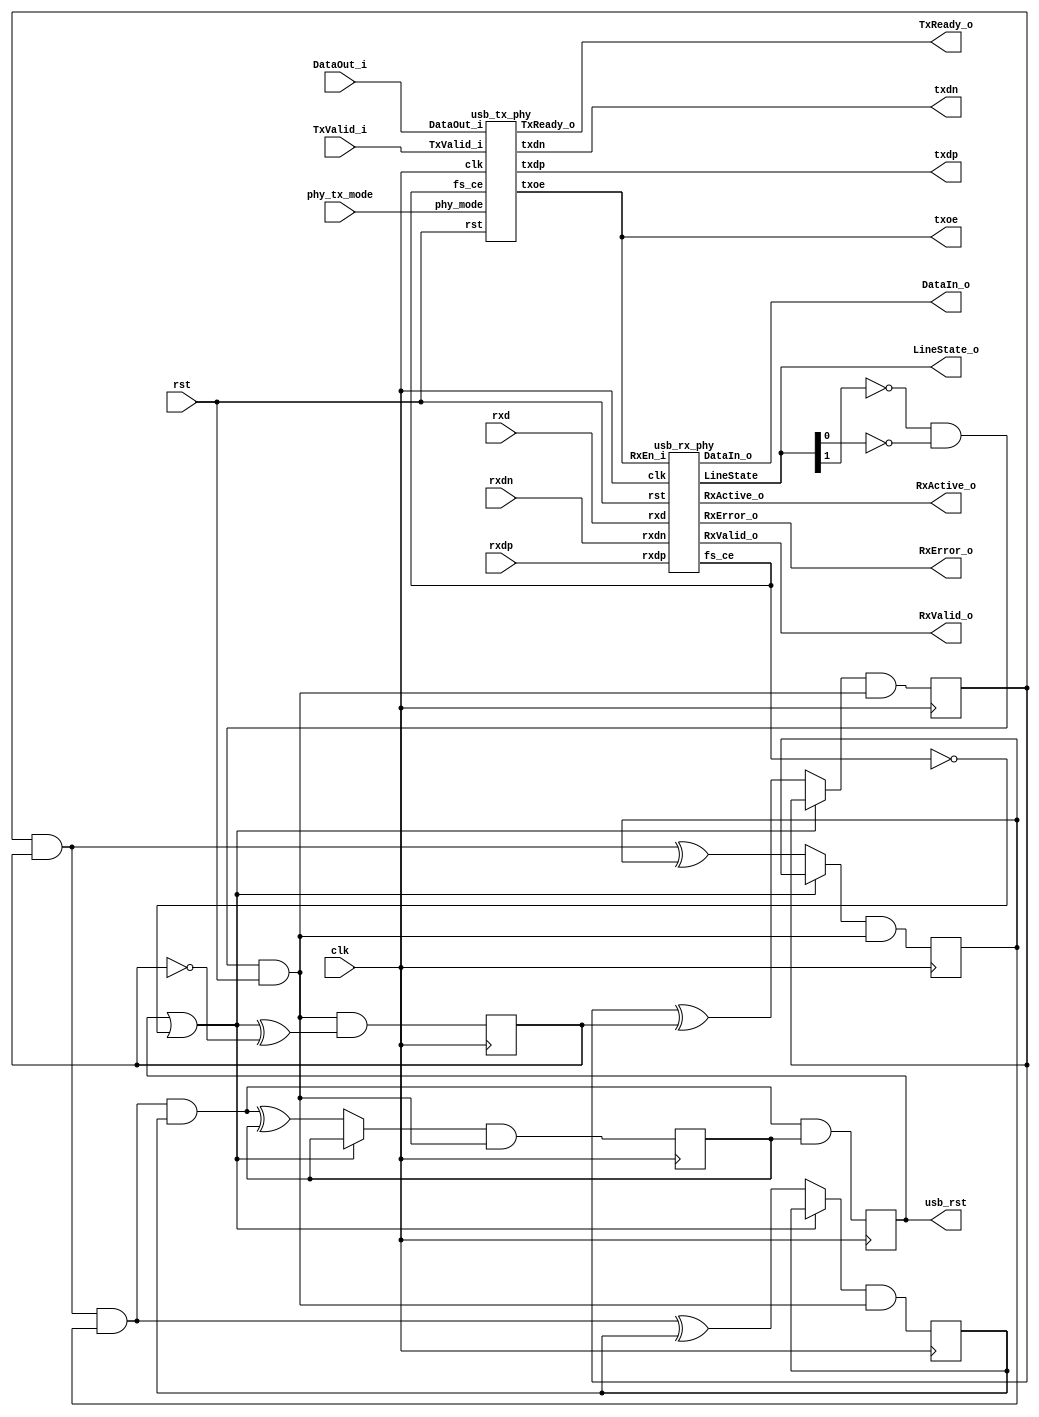
module usb_phy(clk, rst, phy_tx_mode, usb_rst, txdp, txdn, txoe, rxd, rxdp, rxdn, DataOut_i, TxValid_i, TxReady_o, RxValid_o, RxActive_o, RxError_o, DataIn_o, LineState_o);
  wire [4:0] _00_;
  wire _01_;
  wire _02_;
  wire _03_;
  wire _04_;
  wire _05_;
  wire _06_;
  wire _07_;
  wire _08_;
  wire _09_;
  wire _10_;
  wire _11_;
  wire _12_;
  wire _13_;
  wire _14_;
  wire _15_;
  wire _16_;
  wire _17_;
  wire _18_;
  wire _19_;
  wire _20_;
  output [7:0] DataIn_o;
  input [7:0] DataOut_i;
  output [1:0] LineState_o;
  output RxActive_o;
  output RxError_o;
  output RxValid_o;
  output TxReady_o;
  input TxValid_i;
  input clk;
  wire fs_ce;
  input phy_tx_mode;
  input rst;
  reg [4:0] rst_cnt;
  input rxd;
  input rxdn;
  input rxdp;
  output txdn;
  output txdp;
  output txoe;
  output usb_rst;
  reg usb_rst;
  assign _02_ = ~rst_cnt[0];
  assign _03_ = ~fs_ce;
  assign _04_ = usb_rst | _03_;
  assign _05_ = _04_ ^ _02_;
  assign _06_ = ~LineState_o[0];
  assign _07_ = ~LineState_o[1];
  assign _08_ = _07_ & _06_;
  assign _09_ = _08_ & rst;
  assign _00_[0] = _09_ & _05_;
  assign _10_ = rst_cnt[1] ^ rst_cnt[0];
  assign _11_ = _04_ ? rst_cnt[1] : _10_;
  assign _00_[1] = _11_ & _09_;
  assign _12_ = rst_cnt[1] & rst_cnt[0];
  assign _13_ = _12_ ^ rst_cnt[2];
  assign _14_ = _04_ ? rst_cnt[2] : _13_;
  assign _00_[2] = _14_ & _09_;
  assign _15_ = _12_ & rst_cnt[2];
  assign _16_ = _15_ ^ rst_cnt[3];
  assign _17_ = _04_ ? rst_cnt[3] : _16_;
  assign _00_[3] = _17_ & _09_;
  assign _18_ = _15_ & rst_cnt[3];
  assign _19_ = _18_ ^ rst_cnt[4];
  assign _20_ = _04_ ? rst_cnt[4] : _19_;
  assign _00_[4] = _20_ & _09_;
  assign _01_ = _18_ & rst_cnt[4];
  always @(posedge clk)
      rst_cnt[0] <= _00_[0];
  always @(posedge clk)
      rst_cnt[1] <= _00_[1];
  always @(posedge clk)
      rst_cnt[2] <= _00_[2];
  always @(posedge clk)
      rst_cnt[3] <= _00_[3];
  always @(posedge clk)
      rst_cnt[4] <= _00_[4];
  always @(posedge clk)
      usb_rst <= _01_;
  usb_rx_phy i_rx_phy (
    .DataIn_o(DataIn_o),
    .LineState(LineState_o),
    .RxActive_o(RxActive_o),
    .RxEn_i(txoe),
    .RxError_o(RxError_o),
    .RxValid_o(RxValid_o),
    .clk(clk),
    .fs_ce(fs_ce),
    .rst(rst),
    .rxd(rxd),
    .rxdn(rxdn),
    .rxdp(rxdp)
  );
  usb_tx_phy i_tx_phy (
    .DataOut_i(DataOut_i),
    .TxReady_o(TxReady_o),
    .TxValid_i(TxValid_i),
    .clk(clk),
    .fs_ce(fs_ce),
    .phy_mode(phy_tx_mode),
    .rst(rst),
    .txdn(txdn),
    .txdp(txdp),
    .txoe(txoe)
  );
endmodule

module usb_rx_phy(clk, rst, fs_ce, rxd, rxdp, rxdn, RxValid_o, RxActive_o, RxError_o, DataIn_o, RxEn_i, LineState);
  wire [2:0] _000_;
  wire _001_;
  wire _002_;
  wire [1:0] _003_;
  wire [2:0] _004_;
  wire [7:0] _005_;
  wire [2:0] _006_;
  wire _007_;
  wire _008_;
  wire _009_;
  wire _010_;
  wire _011_;
  wire _012_;
  wire _013_;
  wire _014_;
  wire _015_;
  wire _016_;
  wire _017_;
  wire _018_;
  wire _019_;
  wire _020_;
  wire _021_;
  wire _022_;
  wire _023_;
  wire _024_;
  wire _025_;
  wire _026_;
  wire _027_;
  wire _028_;
  wire _029_;
  wire _030_;
  wire _031_;
  wire _032_;
  wire _033_;
  wire _034_;
  wire _035_;
  wire _036_;
  wire _037_;
  wire _038_;
  wire _039_;
  wire _040_;
  wire _041_;
  wire _042_;
  wire _043_;
  wire _044_;
  wire _045_;
  wire _046_;
  wire _047_;
  wire _048_;
  wire _049_;
  wire _050_;
  wire _051_;
  wire _052_;
  wire _053_;
  wire _054_;
  wire _055_;
  wire _056_;
  wire _057_;
  wire _058_;
  wire _059_;
  wire _060_;
  wire _061_;
  wire _062_;
  wire _063_;
  wire _064_;
  wire _065_;
  wire _066_;
  wire _067_;
  wire _068_;
  wire _069_;
  wire _070_;
  wire _071_;
  wire _072_;
  wire _073_;
  wire _074_;
  wire _075_;
  wire _076_;
  wire _077_;
  wire _078_;
  wire _079_;
  wire _080_;
  wire _081_;
  wire _082_;
  wire _083_;
  wire _084_;
  wire _085_;
  wire _086_;
  wire _087_;
  wire _088_;
  wire _089_;
  wire _090_;
  wire _091_;
  wire _092_;
  wire _093_;
  wire _094_;
  wire _095_;
  wire _096_;
  wire _097_;
  wire _098_;
  wire _099_;
  wire _100_;
  wire _101_;
  wire _102_;
  wire _103_;
  wire _104_;
  wire _105_;
  wire _106_;
  wire _107_;
  wire _108_;
  wire _109_;
  wire _110_;
  wire _111_;
  wire _112_;
  wire _113_;
  wire _114_;
  wire _115_;
  wire _116_;
  wire _117_;
  wire _118_;
  wire _119_;
  wire _120_;
  wire _121_;
  wire _122_;
  wire _123_;
  wire _124_;
  wire _125_;
  wire _126_;
  wire _127_;
  wire _128_;
  wire _129_;
  wire _130_;
  wire _131_;
  wire _132_;
  wire _133_;
  wire _134_;
  wire _135_;
  wire _136_;
  wire _137_;
  wire _138_;
  wire _139_;
  wire _140_;
  wire _141_;
  wire _142_;
  wire _143_;
  wire _144_;
  wire _145_;
  wire _146_;
  wire _147_;
  wire _148_;
  wire _149_;
  wire _150_;
  wire _151_;
  wire _152_;
  wire _153_;
  wire _154_;
  wire _155_;
  wire _156_;
  wire _157_;
  wire _158_;
  wire _159_;
  wire _160_;
  wire _161_;
  wire _162_;
  wire _163_;
  wire _164_;
  wire _165_;
  wire _166_;
  wire _167_;
  wire _168_;
  wire _169_;
  wire _170_;
  wire _171_;
  wire _172_;
  wire _173_;
  wire _174_;
  wire _175_;
  wire _176_;
  wire _177_;
  wire _178_;
  wire _179_;
  wire _180_;
  wire _181_;
  output [7:0] DataIn_o;
  reg [7:0] DataIn_o;
  output [1:0] LineState;
  reg [1:0] LineState;
  output RxActive_o;
  reg RxActive_o;
  input RxEn_i;
  output RxError_o;
  output RxValid_o;
  reg RxValid_o;
  reg [2:0] bit_cnt;
  reg bit_stuff_err;
  reg byte_err;
  input clk;
  reg [1:0] dpll_state;
  output fs_ce;
  reg fs_ce;
  wire fs_ce_d;
  reg fs_ce_r1;
  reg fs_ce_r2;
  reg [2:0] fs_state;
  wire [7:0] hold_reg;
  reg lock_en;
  reg [2:0] one_cnt;
  input rst;
  wire rx_active;
  wire rx_en;
  wire rx_valid;
  reg rx_valid1;
  reg rx_valid_r;
  input rxd;
  reg rxd_r;
  reg rxd_s;
  reg rxd_s0;
  reg rxd_s1;
  input rxdn;
  reg rxdn_s;
  reg rxdn_s0;
  wire rxdn_s1;
  reg rxdn_s_r;
  input rxdp;
  reg rxdp_s;
  reg rxdp_s0;
  wire rxdp_s1;
  reg rxdp_s_r;
  reg sd_nrzi;
  reg sd_r;
  wire se0;
  reg se0_r;
  reg se0_s;
  reg shift_en;
  reg sync_err;
  assign _166_ = ~fs_state[0];
  assign _167_ = ~fs_state[1];
  assign _168_ = _167_ & _166_;
  assign _169_ = _168_ & fs_state[2];
  assign _170_ = fs_state[1] & _166_;
  assign _171_ = _170_ | _169_;
  assign _172_ = ~lock_en;
  assign _173_ = ~rxdn_s;
  assign _174_ = rxdp_s | _173_;
  assign _175_ = _174_ | _172_;
  assign _176_ = _175_ & _171_;
  assign _177_ = ~fs_state[2];
  assign _178_ = _167_ & fs_state[0];
  assign _179_ = _178_ & _177_;
  assign _180_ = fs_state[1] & fs_state[0];
  assign _181_ = _180_ & _177_;
  assign _021_ = _181_ | _179_;
  assign _022_ = ~rxdp_s;
  assign _023_ = _022_ | rxdn_s;
  assign _024_ = _023_ | _172_;
  assign _025_ = _024_ & _021_;
  assign _026_ = _178_ & fs_state[2];
  assign _027_ = _026_ & _024_;
  assign _028_ = _027_ & _175_;
  assign _029_ = _028_ | _025_;
  assign _030_ = _029_ | _176_;
  assign _031_ = _026_ | _021_;
  assign _032_ = _031_ | _171_;
  assign _033_ = ~RxActive_o;
  assign _034_ = rxdp_s | rxdn_s;
  assign _035_ = ~se0_s;
  assign _036_ = _033_ & fs_ce;
  assign _037_ = _036_ & _035_;
  assign _038_ = _037_ & _034_;
  assign _039_ = _038_ & _032_;
  assign _020_ = _039_ & _030_;
  assign _015_ = rxdp_s0 & LineState[0];
  assign _013_ = rxdn_s0 & LineState[1];
  assign se0 = ~_034_;
  assign _040_ = ~one_cnt[0];
  assign _041_ = one_cnt[1] & _040_;
  assign _042_ = _041_ & one_cnt[2];
  assign _043_ = fs_ce & sd_nrzi;
  assign _044_ = _043_ & RxActive_o;
  assign _045_ = _044_ & _034_;
  assign _001_ = _045_ & _042_;
  assign _046_ = rx_valid1 & fs_ce;
  assign _047_ = ~_046_;
  assign _048_ = _047_ | _042_;
  assign _009_ = ~_048_;
  assign _049_ = bit_cnt[2] | bit_cnt[1];
  assign _050_ = ~se0_r;
  assign _051_ = _050_ & RxActive_o;
  assign _052_ = _051_ & se0;
  assign _002_ = _052_ & _049_;
  assign _053_ = bit_stuff_err | byte_err;
  assign RxError_o = _053_ | sync_err;
  assign _014_ = _015_ | rxdp_s_r;
  assign _012_ = _013_ | rxdn_s_r;
  assign _054_ = _022_ & rxdn_s;
  assign _055_ = _168_ & _177_;
  assign _056_ = fs_state[2] ? _168_ : _170_;
  assign _057_ = _056_ | _055_;
  assign _058_ = _170_ & fs_state[2];
  assign _059_ = _026_ | _058_;
  assign _060_ = _059_ | _021_;
  assign _061_ = _060_ | _057_;
  assign _062_ = _054_ & lock_en;
  assign _063_ = _027_ & _062_;
  assign _064_ = _061_ ? _063_ : _054_;
  assign _065_ = _064_ & _038_;
  assign _066_ = _065_ & lock_en;
  assign _067_ = ~rx_valid_r;
  assign _068_ = _034_ | _067_;
  assign _069_ = _068_ & RxActive_o;
  assign _070_ = _069_ | _066_;
  assign _007_ = _070_ & rst;
  assign _071_ = ~fs_ce;
  assign _072_ = rx_valid_r & _071_;
  assign _010_ = _072_ | RxValid_o;
  assign _017_ = fs_ce ? rxd_s : sd_r;
  assign _073_ = ~rxd_s;
  assign _074_ = sd_r | _073_;
  assign _075_ = RxActive_o & fs_ce;
  assign _076_ = ~sd_r;
  assign _077_ = _076_ | rxd_s;
  assign _078_ = _077_ & _075_;
  assign _079_ = _078_ & _074_;
  assign _080_ = ~_075_;
  assign _081_ = _080_ & sd_nrzi;
  assign _082_ = _081_ | _079_;
  assign _083_ = _082_ | _033_;
  assign _016_ = _083_ & rst;
  assign _084_ = ~_042_;
  assign _085_ = _084_ & sd_nrzi;
  assign _086_ = fs_ce & _040_;
  assign _087_ = _086_ & _085_;
  assign _088_ = _071_ & one_cnt[0];
  assign _089_ = _088_ | _087_;
  assign _090_ = rst & shift_en;
  assign _006_[0] = _090_ & _089_;
  assign _091_ = one_cnt[1] ^ one_cnt[0];
  assign _092_ = _091_ & fs_ce;
  assign _093_ = _092_ & _085_;
  assign _094_ = _071_ & one_cnt[1];
  assign _095_ = _094_ | _093_;
  assign _006_[1] = _095_ & _090_;
  assign _096_ = one_cnt[1] & one_cnt[0];
  assign _097_ = _096_ ^ one_cnt[2];
  assign _098_ = _085_ & fs_ce;
  assign _099_ = _098_ & _097_;
  assign _100_ = _071_ & one_cnt[2];
  assign _101_ = _100_ | _099_;
  assign _006_[2] = _101_ & _090_;
  assign _102_ = _065_ | RxActive_o;
  assign _019_ = _071_ ? shift_en : _102_;
  assign _103_ = shift_en & fs_ce;
  assign _104_ = _103_ & _084_;
  assign _005_[0] = _104_ ? DataIn_o[1] : DataIn_o[0];
  assign _005_[1] = _104_ ? DataIn_o[2] : DataIn_o[1];
  assign _005_[2] = _104_ ? DataIn_o[3] : DataIn_o[2];
  assign _005_[3] = _104_ ? DataIn_o[4] : DataIn_o[3];
  assign _005_[4] = _104_ ? DataIn_o[5] : DataIn_o[4];
  assign _005_[5] = _104_ ? DataIn_o[6] : DataIn_o[5];
  assign _005_[6] = _104_ ? DataIn_o[7] : DataIn_o[6];
  assign _005_[7] = _104_ ? sd_nrzi : DataIn_o[7];
  assign _105_ = _084_ & fs_ce;
  assign _106_ = _105_ ^ bit_cnt[0];
  assign _000_[0] = _106_ & _090_;
  assign _107_ = bit_cnt[1] ^ bit_cnt[0];
  assign _108_ = _105_ ? _107_ : bit_cnt[1];
  assign _000_[1] = _108_ & _090_;
  assign _109_ = bit_cnt[1] & bit_cnt[0];
  assign _110_ = _109_ ^ bit_cnt[2];
  assign _111_ = _105_ ? _110_ : bit_cnt[2];
  assign _000_[2] = _111_ & _090_;
  assign _112_ = _109_ & bit_cnt[2];
  assign _113_ = _112_ & _105_;
  assign _114_ = _048_ & rx_valid1;
  assign _115_ = _114_ | _113_;
  assign _008_ = _115_ & rst;
  assign _116_ = rxd_s0 & rxd_s1;
  assign _117_ = rxd_s0 | rxd_s1;
  assign _118_ = ~_116_;
  assign _119_ = _118_ & rxd_s;
  assign _120_ = _119_ & _117_;
  assign _011_ = _120_ | _116_;
  assign _018_ = _071_ ? se0_s : se0;
  assign _121_ = ~rst;
  assign _122_ = ~dpll_state[0];
  assign _123_ = _122_ & dpll_state[1];
  assign _124_ = rxd_r ^ rxd_s;
  assign _125_ = _124_ & lock_en;
  assign _126_ = ~_125_;
  assign _127_ = _126_ & _123_;
  assign _128_ = ~dpll_state[1];
  assign _129_ = _122_ & _128_;
  assign fs_ce_d = dpll_state[0] & _128_;
  assign _130_ = _125_ ? fs_ce_d : _129_;
  assign _131_ = _130_ | _127_;
  assign _132_ = _122_ | _128_;
  assign _133_ = _132_ & rst;
  assign _134_ = _133_ & _131_;
  assign _003_[0] = _134_ | _121_;
  assign _135_ = fs_ce_d | _127_;
  assign _003_[1] = _135_ & _133_;
  assign _136_ = _062_ | fs_state[0];
  assign _137_ = _136_ & _055_;
  assign _138_ = _062_ & _058_;
  assign _139_ = _170_ & _177_;
  assign _140_ = _062_ & _139_;
  assign _141_ = _062_ & _169_;
  assign _142_ = _141_ | _140_;
  assign _143_ = _142_ | _138_;
  assign _144_ = _143_ | _137_;
  assign _145_ = _061_ & _038_;
  assign _146_ = _145_ & _144_;
  assign _147_ = ~_038_;
  assign _148_ = _147_ & fs_state[0];
  assign _149_ = _148_ | _146_;
  assign _004_[0] = _149_ & rst;
  assign _150_ = rxdp_s & _173_;
  assign _151_ = _150_ & lock_en;
  assign _152_ = _026_ & _151_;
  assign _153_ = _152_ | _138_;
  assign _154_ = _151_ & _179_;
  assign _155_ = _154_ | _140_;
  assign _156_ = _155_ | _153_;
  assign _157_ = _156_ & _145_;
  assign _158_ = _147_ & fs_state[1];
  assign _159_ = _158_ | _157_;
  assign _004_[1] = _159_ & rst;
  assign _160_ = _151_ & _181_;
  assign _161_ = _160_ | _141_;
  assign _162_ = _161_ | _153_;
  assign _163_ = _162_ & _145_;
  assign _164_ = _147_ & fs_state[2];
  assign _165_ = _164_ | _163_;
  assign _004_[2] = _165_ & rst;
  always @(posedge clk)
      lock_en <= RxEn_i;
  always @(posedge clk)
      sync_err <= _020_;
  always @(posedge clk)
      rxd_s0 <= rxd;
  always @(posedge clk)
      rxd_s1 <= rxd_s0;
  always @(posedge clk)
      rxd_s <= _011_;
  always @(posedge clk)
      rxdp_s0 <= rxdp;
  always @(posedge clk)
      LineState[0] <= rxdp_s0;
  always @(posedge clk)
      rxdp_s_r <= _015_;
  always @(posedge clk)
      rxdp_s <= _014_;
  always @(posedge clk)
      rxdn_s0 <= rxdn;
  always @(posedge clk)
      LineState[1] <= rxdn_s0;
  always @(posedge clk)
      rxdn_s_r <= _013_;
  always @(posedge clk)
      rxdn_s <= _012_;
  always @(posedge clk)
      se0_s <= _018_;
  always @(posedge clk)
      rxd_r <= rxd_s;
  always @(posedge clk)
      dpll_state[0] <= _003_[0];
  always @(posedge clk)
      dpll_state[1] <= _003_[1];
  always @(posedge clk)
      fs_ce_r1 <= fs_ce_d;
  always @(posedge clk)
      fs_ce_r2 <= fs_ce_r1;
  always @(posedge clk)
      fs_ce <= fs_ce_r2;
  always @(posedge clk)
      fs_state[0] <= _004_[0];
  always @(posedge clk)
      fs_state[1] <= _004_[1];
  always @(posedge clk)
      fs_state[2] <= _004_[2];
  always @(posedge clk)
      RxActive_o <= _007_;
  always @(posedge clk)
      rx_valid_r <= _010_;
  always @(posedge clk)
      sd_r <= _017_;
  always @(posedge clk)
      sd_nrzi <= _016_;
  always @(posedge clk)
      one_cnt[0] <= _006_[0];
  always @(posedge clk)
      one_cnt[1] <= _006_[1];
  always @(posedge clk)
      one_cnt[2] <= _006_[2];
  always @(posedge clk)
      bit_stuff_err <= _001_;
  always @(posedge clk)
      shift_en <= _019_;
  always @(posedge clk)
      DataIn_o[0] <= _005_[0];
  always @(posedge clk)
      DataIn_o[1] <= _005_[1];
  always @(posedge clk)
      DataIn_o[2] <= _005_[2];
  always @(posedge clk)
      DataIn_o[3] <= _005_[3];
  always @(posedge clk)
      DataIn_o[4] <= _005_[4];
  always @(posedge clk)
      DataIn_o[5] <= _005_[5];
  always @(posedge clk)
      DataIn_o[6] <= _005_[6];
  always @(posedge clk)
      DataIn_o[7] <= _005_[7];
  always @(posedge clk)
      bit_cnt[0] <= _000_[0];
  always @(posedge clk)
      bit_cnt[1] <= _000_[1];
  always @(posedge clk)
      bit_cnt[2] <= _000_[2];
  always @(posedge clk)
      rx_valid1 <= _008_;
  always @(posedge clk)
      RxValid_o <= _009_;
  always @(posedge clk)
      se0_r <= se0;
  always @(posedge clk)
      byte_err <= _002_;
  assign hold_reg = DataIn_o;
  assign rx_active = RxActive_o;
  assign rx_en = lock_en;
  assign rx_valid = RxValid_o;
  assign rxdn_s1 = LineState[1];
  assign rxdp_s1 = LineState[0];
endmodule

module usb_tx_phy(clk, rst, fs_ce, phy_mode, txdp, txdn, txoe, DataOut_i, TxValid_i, TxReady_o);
  wire _000_;
  wire _001_;
  wire _002_;
  wire _003_;
  wire _004_;
  wire _005_;
  wire [2:0] _006_;
  wire _007_;
  wire [7:0] _008_;
  wire [2:0] _009_;
  wire _010_;
  wire _011_;
  wire _012_;
  wire _013_;
  wire [2:0] _014_;
  wire _015_;
  wire _016_;
  wire _017_;
  wire _018_;
  wire _019_;
  wire _020_;
  wire _021_;
  wire _022_;
  wire _023_;
  wire _024_;
  wire _025_;
  wire _026_;
  wire _027_;
  wire _028_;
  wire _029_;
  wire _030_;
  wire _031_;
  wire _032_;
  wire _033_;
  wire _034_;
  wire _035_;
  wire _036_;
  wire _037_;
  wire _038_;
  wire _039_;
  wire _040_;
  wire _041_;
  wire _042_;
  wire _043_;
  wire _044_;
  wire _045_;
  wire _046_;
  wire _047_;
  wire _048_;
  wire _049_;
  wire _050_;
  wire _051_;
  wire _052_;
  wire _053_;
  wire _054_;
  wire _055_;
  wire _056_;
  wire _057_;
  wire _058_;
  wire _059_;
  wire _060_;
  wire _061_;
  wire _062_;
  wire _063_;
  wire _064_;
  wire _065_;
  wire _066_;
  wire _067_;
  wire _068_;
  wire _069_;
  wire _070_;
  wire _071_;
  wire _072_;
  wire _073_;
  wire _074_;
  wire _075_;
  wire _076_;
  wire _077_;
  wire _078_;
  wire _079_;
  wire _080_;
  wire _081_;
  wire _082_;
  wire _083_;
  wire _084_;
  wire _085_;
  wire _086_;
  wire _087_;
  wire _088_;
  wire _089_;
  wire _090_;
  wire _091_;
  wire _092_;
  wire _093_;
  wire _094_;
  wire _095_;
  wire _096_;
  wire _097_;
  wire _098_;
  wire _099_;
  wire _100_;
  wire _101_;
  wire _102_;
  wire _103_;
  wire _104_;
  wire _105_;
  wire _106_;
  wire _107_;
  wire _108_;
  wire _109_;
  wire _110_;
  wire _111_;
  wire _112_;
  wire _113_;
  wire _114_;
  wire _115_;
  wire _116_;
  wire _117_;
  wire _118_;
  wire _119_;
  wire _120_;
  wire _121_;
  wire _122_;
  wire _123_;
  wire _124_;
  wire _125_;
  wire _126_;
  wire _127_;
  wire _128_;
  wire _129_;
  wire _130_;
  wire _131_;
  wire _132_;
  wire _133_;
  wire _134_;
  wire _135_;
  wire _136_;
  wire _137_;
  wire _138_;
  wire _139_;
  wire _140_;
  wire _141_;
  wire _142_;
  wire _143_;
  wire _144_;
  wire _145_;
  wire _146_;
  wire _147_;
  wire _148_;
  wire _149_;
  wire _150_;
  wire _151_;
  wire _152_;
  wire _153_;
  wire _154_;
  wire _155_;
  wire _156_;
  wire _157_;
  wire _158_;
  wire _159_;
  wire _160_;
  wire _161_;
  wire _162_;
  wire _163_;
  wire _164_;
  wire _165_;
  wire _166_;
  wire _167_;
  wire _168_;
  wire _169_;
  wire _170_;
  wire _171_;
  wire _172_;
  wire _173_;
  wire _174_;
  wire _175_;
  wire _176_;
  wire _177_;
  wire _178_;
  wire _179_;
  wire _180_;
  wire _181_;
  wire _182_;
  wire _183_;
  wire _184_;
  wire _185_;
  input [7:0] DataOut_i;
  output TxReady_o;
  reg TxReady_o;
  input TxValid_i;
  reg append_eop;
  reg append_eop_sync1;
  reg append_eop_sync2;
  reg append_eop_sync3;
  reg append_eop_sync4;
  reg [2:0] bit_cnt;
  input clk;
  reg data_done;
  wire eop_done;
  input fs_ce;
  reg [7:0] hold_reg;
  reg [7:0] hold_reg_d;
  reg ld_data;
  wire ld_data_d;
  reg [2:0] one_cnt;
  input phy_mode;
  input rst;
  reg sd_bs_o;
  reg sd_nrzi_o;
  reg sd_raw_o;
  reg sft_done;
  reg sft_done_r;
  reg [2:0] state;
  reg tx_ip;
  reg tx_ip_sync;
  wire tx_ready_d;
  output txdn;
  reg txdn;
  output txdp;
  reg txdp;
  output txoe;
  reg txoe;
  reg txoe_r1;
  reg txoe_r2;
  assign _178_ = ~state[2];
  assign _179_ = ~state[1];
  assign _180_ = _179_ & state[0];
  assign _181_ = _180_ & _178_;
  assign _182_ = ~state[0];
  assign _183_ = state[1] & _182_;
  assign _184_ = _183_ & _178_;
  assign _185_ = _184_ | _181_;
  assign _022_ = ~sft_done;
  assign _023_ = sft_done_r | _022_;
  assign _024_ = ~_023_;
  assign _025_ = _024_ & _181_;
  assign _026_ = _024_ & data_done;
  assign _027_ = _026_ & _184_;
  assign _028_ = _027_ | _025_;
  assign ld_data_d = _028_ & _185_;
  assign _029_ = ~one_cnt[0];
  assign _030_ = one_cnt[1] & _029_;
  assign _031_ = _030_ & one_cnt[2];
  assign _032_ = ~_031_;
  assign _033_ = bit_cnt[1] & bit_cnt[0];
  assign _034_ = _033_ & bit_cnt[2];
  assign _013_ = _034_ & _032_;
  assign _035_ = rst & TxValid_i;
  assign _000_ = _035_ & ld_data_d;
  assign _036_ = _179_ & _182_;
  assign _037_ = _036_ & _178_;
  assign _038_ = _037_ & TxValid_i;
  assign _039_ = ~append_eop_sync3;
  assign _040_ = tx_ip & _039_;
  assign _041_ = _040_ | _038_;
  assign _015_ = _041_ & rst;
  assign _042_ = fs_ce ? tx_ip : tx_ip_sync;
  assign _016_ = _042_ & rst;
  assign _043_ = ~tx_ip;
  assign _044_ = _043_ & TxValid_i;
  assign _045_ = data_done & TxValid_i;
  assign _046_ = _045_ | _044_;
  assign _007_ = _046_ & rst;
  assign _047_ = ~bit_cnt[0];
  assign _048_ = ~fs_ce;
  assign _049_ = _031_ | _048_;
  assign _050_ = _049_ ^ _047_;
  assign _051_ = tx_ip_sync & rst;
  assign _006_[0] = _051_ & _050_;
  assign _052_ = bit_cnt[1] ^ bit_cnt[0];
  assign _053_ = _049_ ? bit_cnt[1] : _052_;
  assign _006_[1] = _053_ & _051_;
  assign _054_ = _033_ ^ bit_cnt[2];
  assign _055_ = _049_ ? bit_cnt[2] : _054_;
  assign _006_[2] = _055_ & _051_;
  assign _056_ = bit_cnt[1] & _047_;
  assign _057_ = _056_ & bit_cnt[2];
  assign _058_ = ~bit_cnt[1];
  assign _059_ = _058_ & _047_;
  assign _060_ = _059_ & bit_cnt[2];
  assign _061_ = _058_ & bit_cnt[0];
  assign _062_ = _061_ & bit_cnt[2];
  assign _063_ = _062_ | _060_;
  assign _064_ = _063_ | _057_;
  assign _065_ = ~bit_cnt[2];
  assign _066_ = _033_ & _065_;
  assign _067_ = _059_ & _065_;
  assign _068_ = _061_ & _065_;
  assign _069_ = _056_ & _065_;
  assign _070_ = _065_ | _064_;
  assign _071_ = _057_ & hold_reg_d[6];
  assign _072_ = _060_ & hold_reg_d[4];
  assign _073_ = _062_ & hold_reg_d[5];
  assign _074_ = _073_ | _072_;
  assign _075_ = _074_ | _071_;
  assign _076_ = _067_ & hold_reg_d[0];
  assign _077_ = _068_ & hold_reg_d[1];
  assign _078_ = _077_ | _076_;
  assign _079_ = _069_ & hold_reg_d[2];
  assign _080_ = _066_ & hold_reg_d[3];
  assign _081_ = _080_ | _079_;
  assign _082_ = _081_ | _078_;
  assign _083_ = _082_ | _075_;
  assign _084_ = _070_ ? _083_ : hold_reg_d[7];
  assign _012_ = _084_ & tx_ip_sync;
  assign _085_ = ~_038_;
  assign _086_ = ld_data ? DataOut_i[0] : hold_reg[0];
  assign _008_[0] = _086_ & _085_;
  assign _087_ = ld_data ? DataOut_i[1] : hold_reg[1];
  assign _008_[1] = _087_ & _085_;
  assign _088_ = ld_data ? DataOut_i[2] : hold_reg[2];
  assign _008_[2] = _088_ & _085_;
  assign _089_ = ld_data ? DataOut_i[3] : hold_reg[3];
  assign _008_[3] = _089_ & _085_;
  assign _090_ = ld_data ? DataOut_i[4] : hold_reg[4];
  assign _008_[4] = _090_ & _085_;
  assign _091_ = ld_data ? DataOut_i[5] : hold_reg[5];
  assign _008_[5] = _091_ & _085_;
  assign _092_ = ld_data ? DataOut_i[6] : hold_reg[6];
  assign _008_[6] = _092_ & _085_;
  assign _093_ = ld_data ? DataOut_i[7] : hold_reg[7];
  assign _008_[7] = _093_ | _038_;
  assign _094_ = _032_ & sd_raw_o;
  assign _095_ = fs_ce & _029_;
  assign _096_ = _095_ & _094_;
  assign _097_ = _048_ & one_cnt[0];
  assign _098_ = _097_ | _096_;
  assign _009_[0] = _098_ & _051_;
  assign _099_ = one_cnt[1] ^ one_cnt[0];
  assign _100_ = _099_ & fs_ce;
  assign _101_ = _100_ & _094_;
  assign _102_ = _048_ & one_cnt[1];
  assign _103_ = _102_ | _101_;
  assign _009_[1] = _103_ & _051_;
  assign _104_ = one_cnt[1] & one_cnt[0];
  assign _105_ = _104_ ^ one_cnt[2];
  assign _106_ = _094_ & fs_ce;
  assign _107_ = _106_ & _105_;
  assign _108_ = _048_ & one_cnt[2];
  assign _109_ = _108_ | _107_;
  assign _009_[2] = _109_ & _051_;
  assign _110_ = tx_ip_sync & fs_ce;
  assign _111_ = _110_ & _094_;
  assign _112_ = sd_bs_o & _048_;
  assign _113_ = _112_ | _111_;
  assign _010_ = _113_ & rst;
  assign _114_ = ~rst;
  assign _115_ = ~tx_ip_sync;
  assign _116_ = ~txoe_r1;
  assign _117_ = _116_ | _115_;
  assign _118_ = ~sd_nrzi_o;
  assign _119_ = sd_bs_o ^ _118_;
  assign _120_ = _048_ ? sd_nrzi_o : _119_;
  assign _121_ = _120_ | _117_;
  assign _011_ = _121_ | _114_;
  assign _122_ = _023_ | data_done;
  assign _123_ = ~_122_;
  assign _124_ = _123_ & _184_;
  assign _125_ = ~append_eop_sync2;
  assign _126_ = append_eop & _125_;
  assign _127_ = _126_ | _124_;
  assign _001_ = _127_ & rst;
  assign _128_ = fs_ce ? append_eop : append_eop_sync1;
  assign _002_ = _128_ & rst;
  assign _129_ = fs_ce ? append_eop_sync1 : append_eop_sync2;
  assign _003_ = _129_ & rst;
  assign _130_ = ~append_eop_sync4;
  assign _131_ = _130_ & append_eop_sync3;
  assign _132_ = _131_ | append_eop_sync2;
  assign _133_ = _048_ ? append_eop_sync3 : _132_;
  assign _004_ = _133_ & rst;
  assign _134_ = fs_ce ? append_eop_sync3 : append_eop_sync4;
  assign _005_ = _134_ & rst;
  assign _135_ = fs_ce ? tx_ip_sync : txoe_r1;
  assign _020_ = _135_ & rst;
  assign _136_ = fs_ce ? txoe_r1 : txoe_r2;
  assign _021_ = _136_ & rst;
  assign _137_ = ~txoe_r2;
  assign _138_ = _116_ & fs_ce;
  assign _139_ = _138_ & _137_;
  assign _140_ = txoe & _048_;
  assign _141_ = _140_ | _139_;
  assign _019_ = _141_ | _114_;
  assign _142_ = ~phy_mode;
  assign _143_ = sd_nrzi_o & _039_;
  assign _144_ = _142_ ? sd_nrzi_o : _143_;
  assign _145_ = _048_ ? txdp : _144_;
  assign _018_ = _145_ | _114_;
  assign _146_ = _118_ & _039_;
  assign _147_ = _142_ ? append_eop_sync3 : _146_;
  assign _148_ = _048_ ? txdn : _147_;
  assign _017_ = _148_ & rst;
  assign _149_ = _036_ & state[2];
  assign _150_ = state[1] & state[0];
  assign _151_ = _150_ & _178_;
  assign _152_ = _151_ | _037_;
  assign _153_ = _152_ | _149_;
  assign _154_ = _153_ | _185_;
  assign _155_ = _048_ | append_eop_sync3;
  assign _156_ = ~_155_;
  assign _157_ = _156_ | state[0];
  assign _158_ = _157_ & _149_;
  assign _159_ = state[0] & _039_;
  assign _160_ = _159_ & _151_;
  assign _161_ = _023_ & state[0];
  assign _162_ = _161_ & _181_;
  assign _163_ = _162_ | _038_;
  assign _164_ = _163_ | _160_;
  assign _165_ = _164_ | _158_;
  assign _166_ = _165_ | _124_;
  assign _167_ = state[0] & _048_;
  assign _168_ = _154_ ? _166_ : _167_;
  assign _014_[0] = _168_ & rst;
  assign _169_ = _160_ | _025_;
  assign _170_ = _169_ | _184_;
  assign _171_ = state[1] & _048_;
  assign _172_ = _154_ ? _170_ : _171_;
  assign _014_[1] = _172_ & rst;
  assign _173_ = state[2] | append_eop_sync3;
  assign _174_ = _173_ & _151_;
  assign _175_ = _149_ | _174_;
  assign _176_ = state[2] & _048_;
  assign _177_ = _154_ ? _175_ : _176_;
  assign _014_[2] = _177_ & rst;
  always @(posedge clk)
      TxReady_o <= _000_;
  always @(posedge clk)
      ld_data <= ld_data_d;
  always @(posedge clk)
      tx_ip <= _015_;
  always @(posedge clk)
      tx_ip_sync <= _016_;
  always @(posedge clk)
      data_done <= _007_;
  always @(posedge clk)
      bit_cnt[0] <= _006_[0];
  always @(posedge clk)
      bit_cnt[1] <= _006_[1];
  always @(posedge clk)
      bit_cnt[2] <= _006_[2];
  always @(posedge clk)
      sd_raw_o <= _012_;
  always @(posedge clk)
      sft_done <= _013_;
  always @(posedge clk)
      sft_done_r <= sft_done;
  always @(posedge clk)
      hold_reg[0] <= _008_[0];
  always @(posedge clk)
      hold_reg[1] <= _008_[1];
  always @(posedge clk)
      hold_reg[2] <= _008_[2];
  always @(posedge clk)
      hold_reg[3] <= _008_[3];
  always @(posedge clk)
      hold_reg[4] <= _008_[4];
  always @(posedge clk)
      hold_reg[5] <= _008_[5];
  always @(posedge clk)
      hold_reg[6] <= _008_[6];
  always @(posedge clk)
      hold_reg[7] <= _008_[7];
  always @(posedge clk)
      hold_reg_d[0] <= hold_reg[0];
  always @(posedge clk)
      hold_reg_d[1] <= hold_reg[1];
  always @(posedge clk)
      hold_reg_d[2] <= hold_reg[2];
  always @(posedge clk)
      hold_reg_d[3] <= hold_reg[3];
  always @(posedge clk)
      hold_reg_d[4] <= hold_reg[4];
  always @(posedge clk)
      hold_reg_d[5] <= hold_reg[5];
  always @(posedge clk)
      hold_reg_d[6] <= hold_reg[6];
  always @(posedge clk)
      hold_reg_d[7] <= hold_reg[7];
  always @(posedge clk)
      one_cnt[0] <= _009_[0];
  always @(posedge clk)
      one_cnt[1] <= _009_[1];
  always @(posedge clk)
      one_cnt[2] <= _009_[2];
  always @(posedge clk)
      sd_bs_o <= _010_;
  always @(posedge clk)
      sd_nrzi_o <= _011_;
  always @(posedge clk)
      append_eop <= _001_;
  always @(posedge clk)
      append_eop_sync1 <= _002_;
  always @(posedge clk)
      append_eop_sync2 <= _003_;
  always @(posedge clk)
      append_eop_sync3 <= _004_;
  always @(posedge clk)
      append_eop_sync4 <= _005_;
  always @(posedge clk)
      txoe_r1 <= _020_;
  always @(posedge clk)
      txoe_r2 <= _021_;
  always @(posedge clk)
      txoe <= _019_;
  always @(posedge clk)
      txdp <= _018_;
  always @(posedge clk)
      txdn <= _017_;
  always @(posedge clk)
      state[0] <= _014_[0];
  always @(posedge clk)
      state[1] <= _014_[1];
  always @(posedge clk)
      state[2] <= _014_[2];
  assign eop_done = append_eop_sync3;
  assign tx_ready_d = ld_data_d;
endmodule